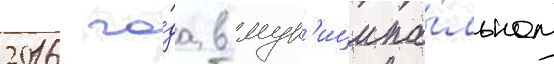
2016 го́да в мун'иципа́льном